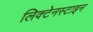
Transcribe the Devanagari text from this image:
लिक्टेनस्टाइन